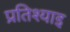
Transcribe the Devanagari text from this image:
प्रतिश्याइ